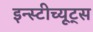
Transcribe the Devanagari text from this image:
इन्स्टीच्यूट्स